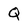
Character: Q